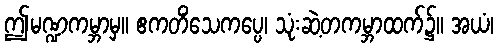
ဤမဏ္ဍကမ္ဘာမှ။ ဧကတိံသေကပ္ပေ၊ သုံးဆဲ့တကမ္ဘာထက်၌။ အယံ၊